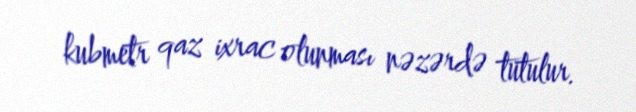
kubmetr qaz ixrac olunması nəzərdə tutulur.